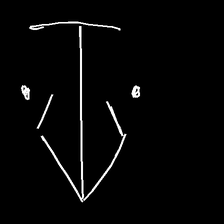
Glyph: earth